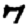
Digit: 7